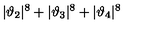
| \vartheta _ { 2 } | ^ { 8 } + | \vartheta _ { 3 } | ^ { 8 } + | \vartheta _ { 4 } | ^ { 8 }